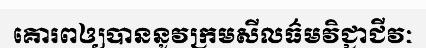
គោរពឲ្យបាននូវក្រមសីលធ៌មវិជ្ជាជីវៈ